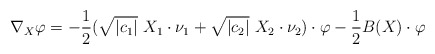
\begin{align*}\nabla_X \varphi = -\frac{1}{2} (\sqrt{|c_1|}\ X_1 \cdot \nu_1 + \sqrt{|c_2|}\ X_2 \cdot \nu_2)\cdot\varphi - \frac{1}{2}B(X)\cdot \varphi\end{align*}